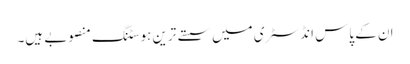
ان کے پاس انڈسٹری میں سستے ترین ہوسٹنگ منصوبے ہیں۔